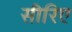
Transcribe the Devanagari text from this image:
सीरिए